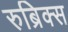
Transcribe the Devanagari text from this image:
रुब्रिक्स